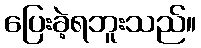
ပြေးခဲ့ရဘူးသည်။